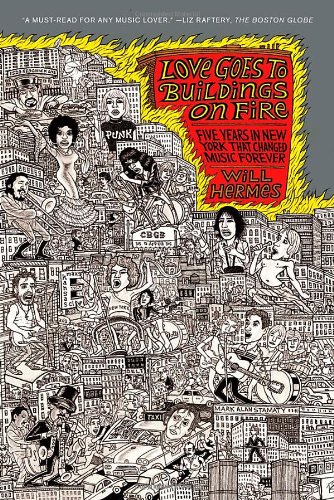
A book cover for Love Goes to Buildings on Fire: Five Years in New York That Changed Music Forever; Will Hermes; Arts & Photography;